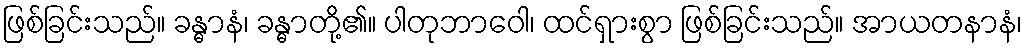
ဖြစ်ခြင်းသည်။ ခန္ဓာနံ၊ ခန္ဓာတို့၏။ ပါတုဘာဝေါ၊ ထင်ရှားစွာ ဖြစ်ခြင်းသည်။ အာယတနာနံ၊